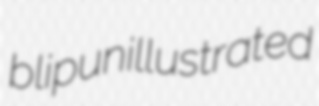
blip unillustrated